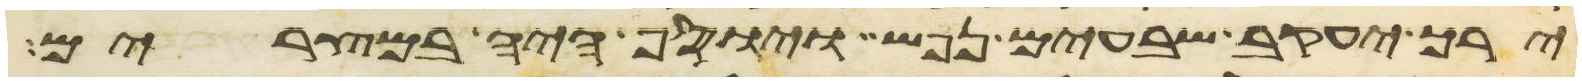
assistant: ירך יעקב שבעים נפש ויוסף היה במצרים